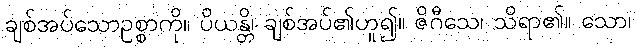
ချစ်အပ်သောဥစ္စာကို။ ပိယန္တိ၊ ချစ်အပ်၏ဟူ၍။ ဇိဂီသေ၊ သိရာ၏။ သော၊